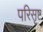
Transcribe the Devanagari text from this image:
परिसृष्ट